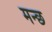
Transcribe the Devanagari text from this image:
मन्छ